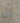
أن